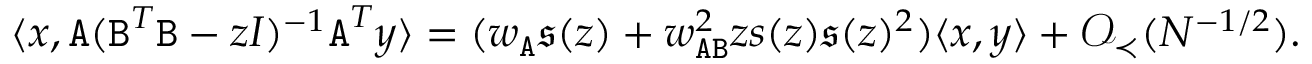
\langle { \boldsymbol x } , { \texttt A } ( { \texttt B } ^ { T } { \texttt B } - z I ) ^ { - 1 } { \texttt A } ^ { T } { \boldsymbol y } \rangle = ( w _ { \texttt A } \mathfrak { s } ( z ) + w _ { { \texttt A } { \texttt B } } ^ { 2 } z s ( z ) \mathfrak { s } ( z ) ^ { 2 } ) \langle { \boldsymbol x } , { \boldsymbol y } \rangle + { \mathcal O } _ { \prec } ( N ^ { - 1 / 2 } ) .